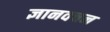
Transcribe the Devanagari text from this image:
ज्ञानवचन